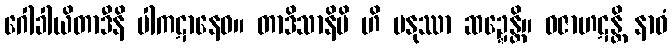
ဂေါခါယိတာဒီနိ ပါကဋာနေဝ။ တာဒိသာနိပိ ဟိ မနုဿာ ဆဍ္ဍေန္တိ။ ဓဇာဟဋန္တိ နာဝံ